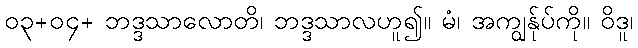
၀၃+၀၄+ ဘဒ္ဒသာလောတိ၊ ဘဒ္ဒသာလဟူ၍။ မံ၊ အကျွန်ုပ်ကို။ ဝိဒူ၊